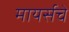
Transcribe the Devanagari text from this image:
मायर्सचे